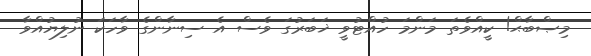
މިޞްބާޙް! ކީއްވެތަ މަންމަ ހުއްޓުވީ ޚަބަރުގަ ވެސް އެ ސިނާންގެ ވާހަކަ ނުލިޔުއްވާ